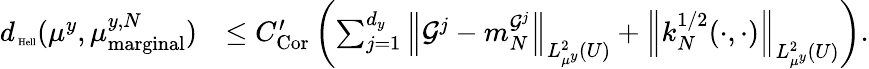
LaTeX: \begin{array}{rl}{d_{\mathrm{\tiny\mathrm{~Hell}}}(\mu^{y},\mu_{\mathrm{marginal}}^{y,N})}&{\leq C_{\mathrm{Cor}}^{\prime}\left(\sum_{j=1}^{d_{y}}\left\| \mathcal G^{j}-m_{N}^{\mathcal G^{j}}\right\| _{L_{\mu^{y}}^{2}(U)}+\left\| k_{N}^{1/2}(\cdot,\cdot)\right\| _{L_{\mu^{y}}^{2}(U)}\right).}\end{array}